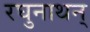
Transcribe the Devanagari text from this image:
रघुनाथन्